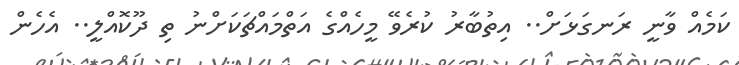
ކަމެއް ވާނީ ރަނގަޅަށް.. އިތުބާރު ކުރެވޭ މީހެއްގެ އަތްމައްޗަކަށްނު ތި ދޫކޮއްލީ.. އެހެން